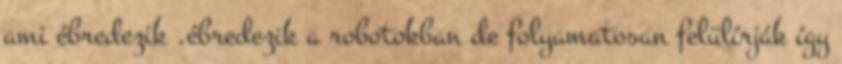
ami ébredezik .ébredezik a robotokban de folyamatosan felülírják így